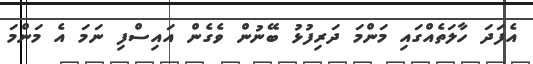
އެފަދަ ހާލަތެއްގައި މަންމަ ދަރިފުޅު ބޭނުން ވެގެން އައިސްފި ނަމަ އެ މަންމަ